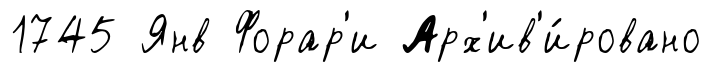
1745 Янв Форар'и Арх'ив'и́ровано